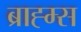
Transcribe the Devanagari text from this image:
ब्राह्म्स